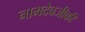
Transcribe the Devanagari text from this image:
नामदेवजीकी